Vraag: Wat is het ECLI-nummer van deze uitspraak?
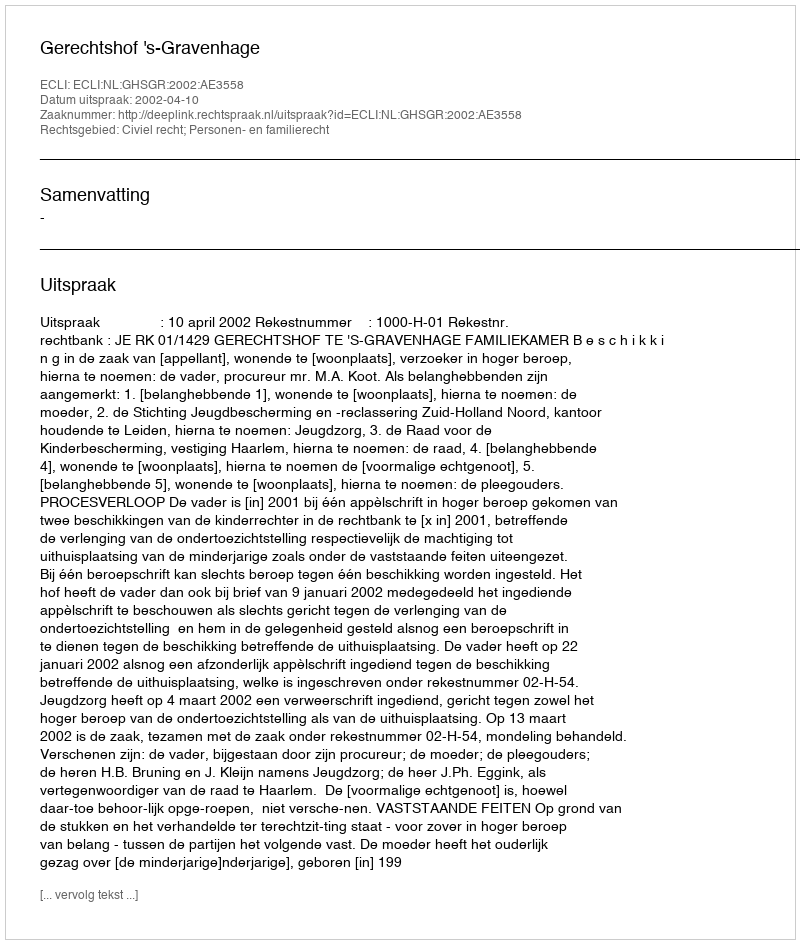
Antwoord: ECLI:NL:GHSGR:2002:AE3558